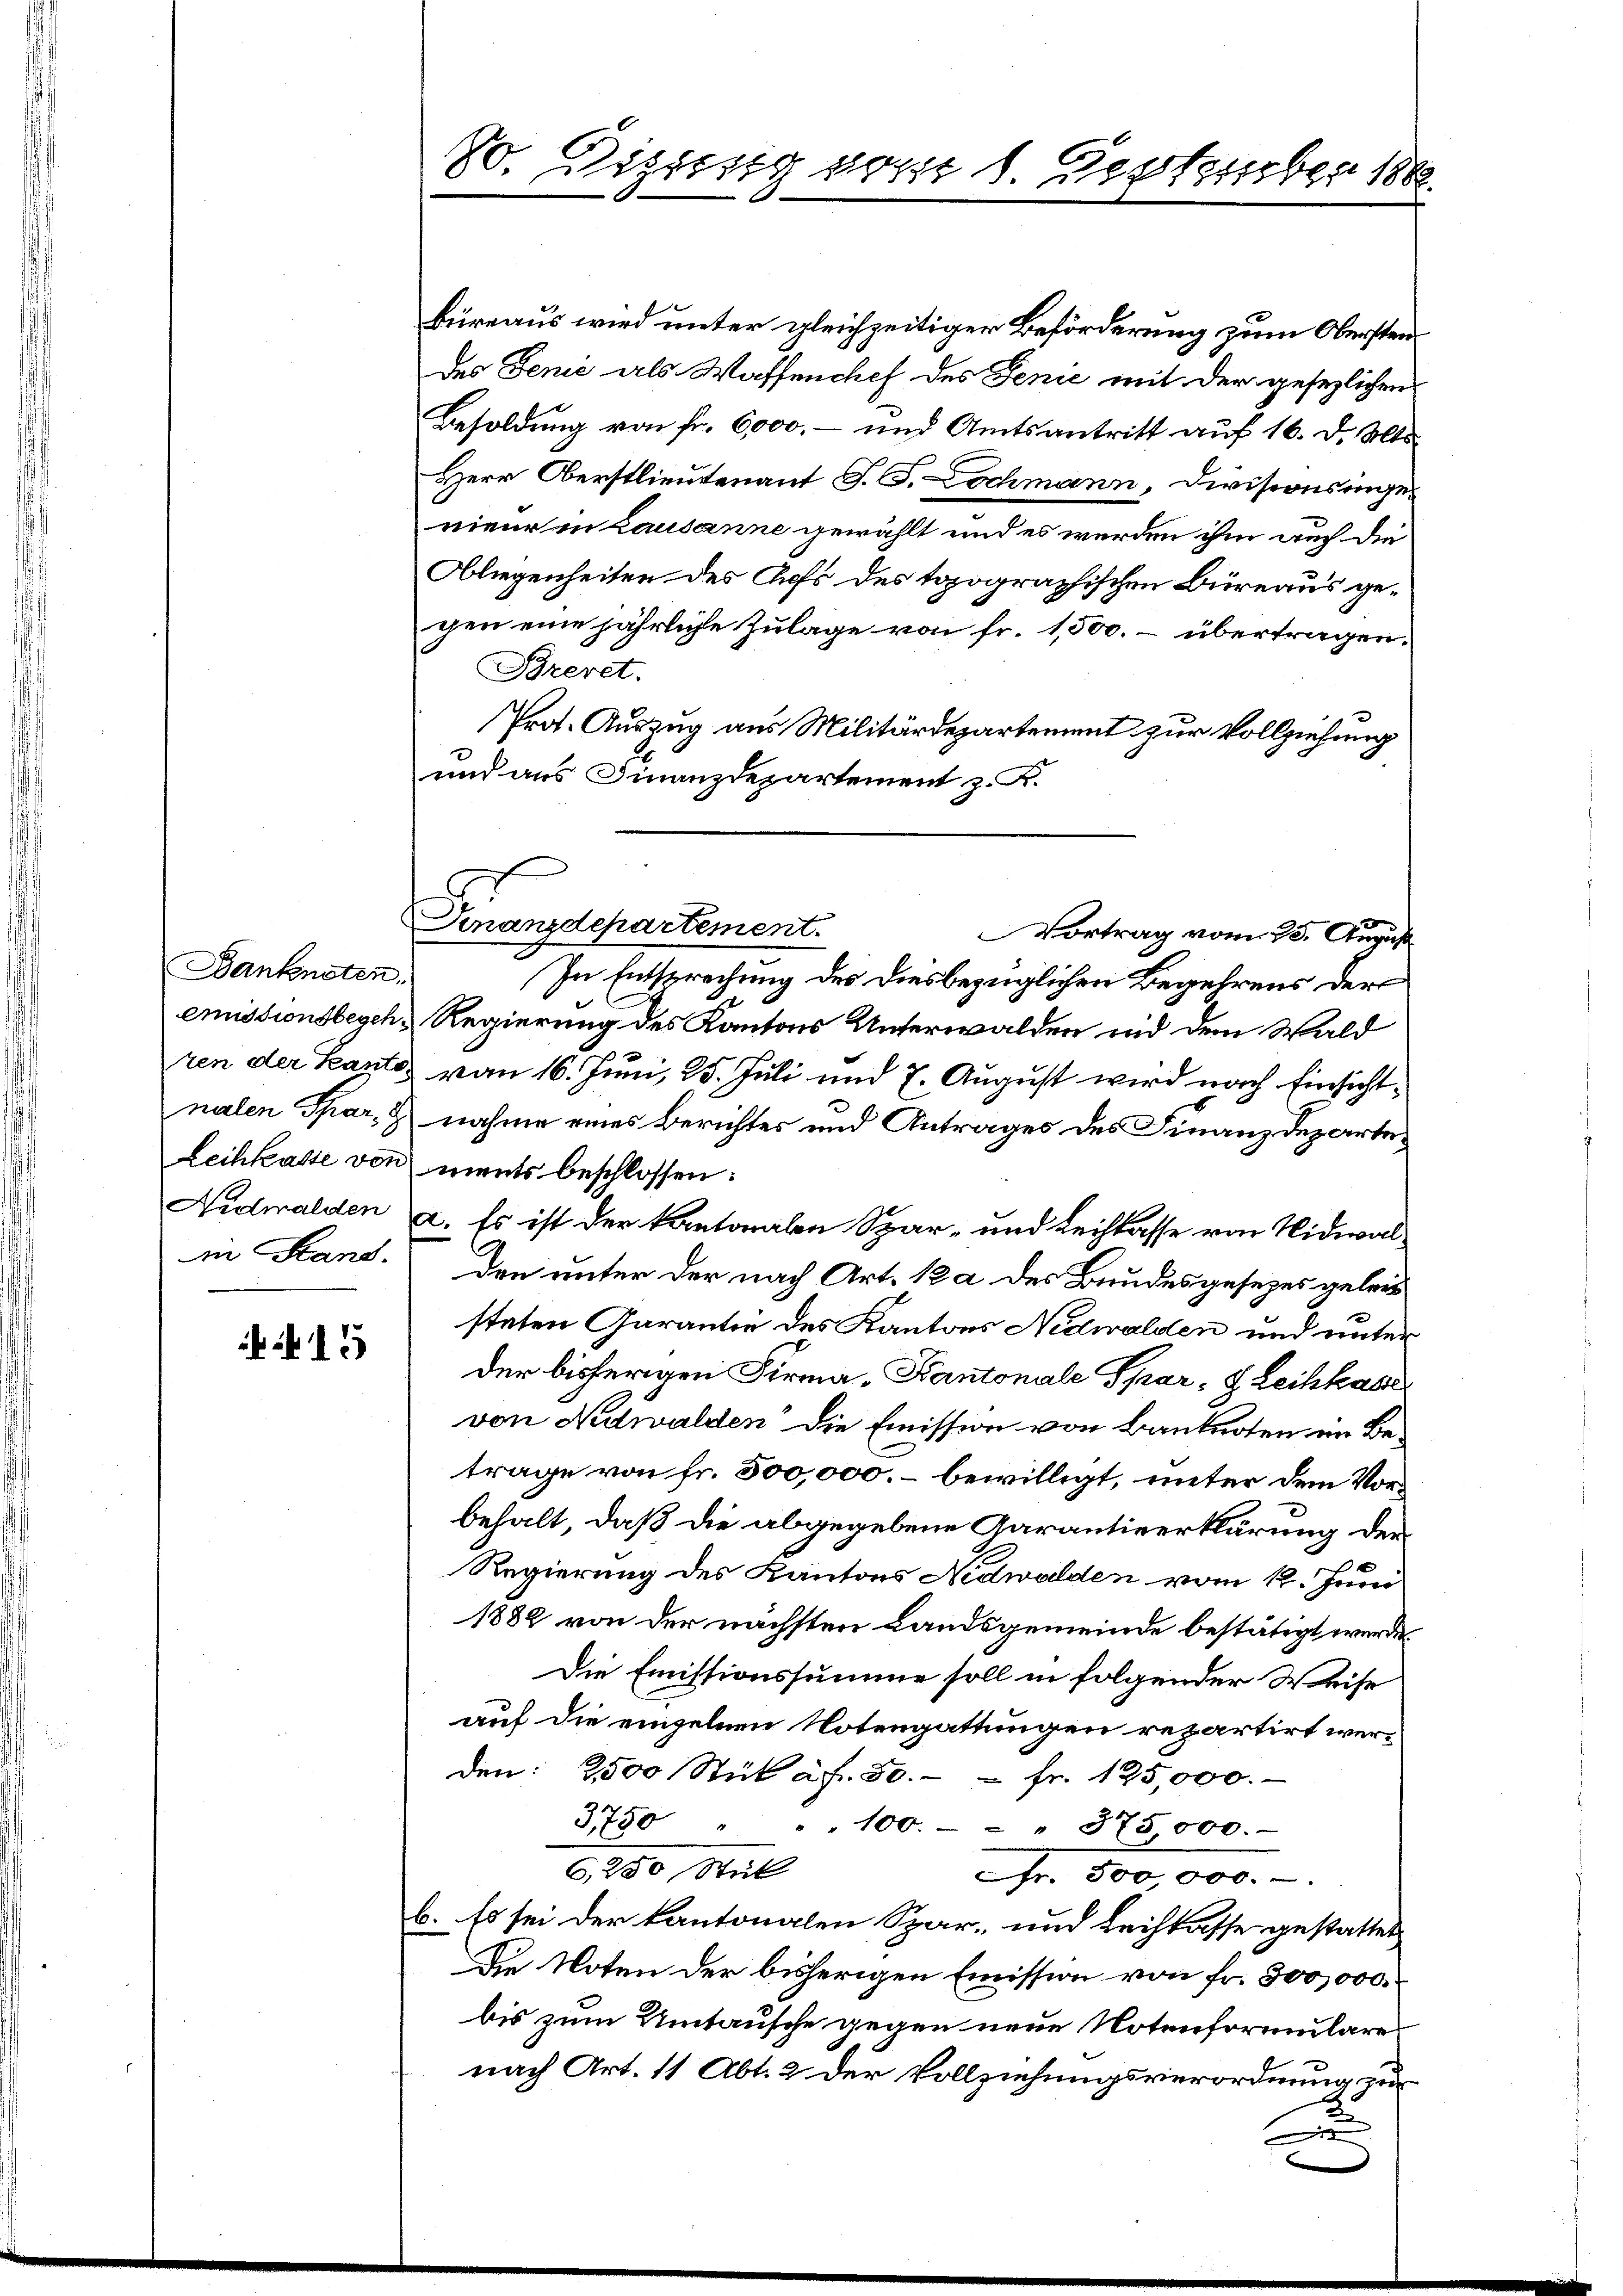
Banknoten.
emissionsbegeh
zen der Kante
nalen Schar, d
Leihkaste von
Nidwalden
in Hand.

13

So. Dizung vom 1. Vertrieber 1888.

Büreaus wird unter gleichzeitiger Beförderung zum Obersten
des Fenie als Waffenchef des Jenie mit der gesezlichen
Besoldung von fr. 6000.- und Amtsantritt auf 16. d. Mts.
Herr Oberstlieutenant J. J. Lochmann, Divisionsigen
nieur in Lausanne gewählt und es werden ihm auch die
Obliegenheiten des Achs des topographischen Büreaus gegen eine jährliche Zulage von fr. 1,500. – übertragen.
Pyreret.
Prot. Auszug aus Militärdepartement zur Vollziehung
und aus Finanzdepartement z. R.
In Entsprechung des diesbezüglichen Begehrens der
Regierung des Kantons Unterwalden und dem Wald
von 16. Juni, 25. Juli und 7. August wird nach Einsichtnahme eines Berichtes und Antrages des Finanzdepartements beschlossen:
a. Es ist der kantonalen Spar- und Leihkasse von Nidwal
den unter der nach Art. 1 a des Bundesgesezes geleis
staten Garantie des Kantons Nidwalden und unter
Der bisherigen Firma „Kantonale Spar- & Leihkasse
von Nidwalden die Emission von Banknoten im Betrage von fr. 500,000. – bewilligt, unter dem Vorbehalt, daß die abgegebene Garantieerklärung der
Regierung des Kantons Nidwalden vom 12. Juni
1882 von der nächsten Landsgemeinde bestätigt werde.
Die Emistionssumme soll in folgender Weise
auf die einzelnen Notengattungen repartirt werden: 2500 Stük af. 50.  Fr. 125,000.
3750 " " " 100. - " 375000.
6,250 Stick
Fr. 500,000.-
b. Es sei der kantonalen Spar- und Leihkasse gestattet
Die Noten der bisherigen Emission von fr. 300,000.
bis zum Umtausche gegen neue Notenformulares
nach Art. 11, Abt. 2 der Vollziehungsverordnung zur
x

Cinanzdepartement.
Vortrag vom 23. August